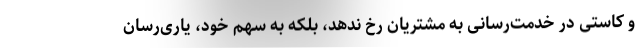
و کاستی در خدمت‌رسانی به مشتریان رخ ندهد، بلکه به سهم خود، یاری‌رسان